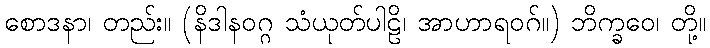
စောဒနာ၊ တည်း။ (နိဒါနဝဂ္ဂ သံယုတ်ပါဠိ၊ အာဟာရဝဂ်။) ဘိက္ခဝေ၊ တို့။